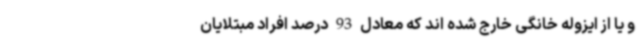
و یا از ایزوله خانگی خارج شده اند که معادل 93 درصد افراد مبتلایان